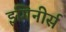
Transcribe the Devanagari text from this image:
इंगिनीर्स